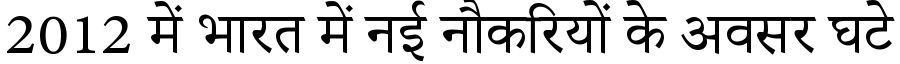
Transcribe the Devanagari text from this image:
2012 में भारत में नई नौकरियों के अवसर घटे